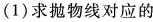
(1)求抛物线对应的